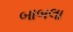
બાબલા